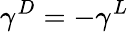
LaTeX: \gamma^{D}=-\gamma^{L}